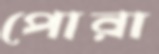
পোরা